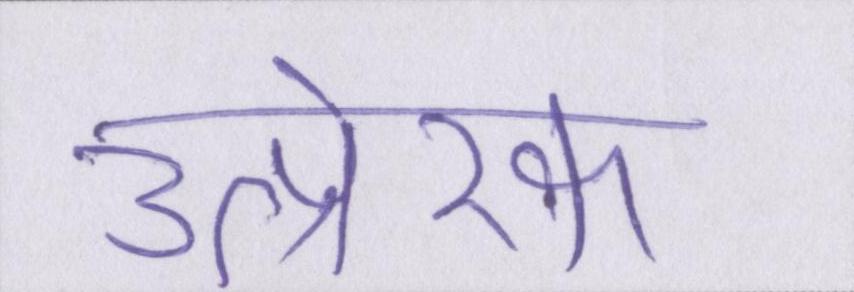
उत्प्रेरक